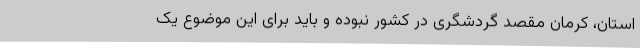
استان، کرمان مقصد گردشگری در کشور نبوده و باید برای این موضوع یک